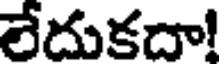
లేదుకదా!